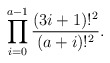
\begin{align*} \prod _{i=0} ^{a-1}\frac {(3i+1)!^2} {(a+i)!^2}.\end{align*}